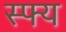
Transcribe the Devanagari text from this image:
स्फ्य